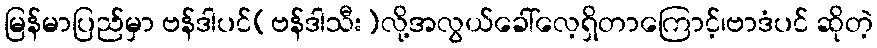
မြန်မာပြည်မှာ ဗန်ဒါပင်(ဗန်ဒါသီး)လို့အလွယ်ခေါ်လေ့ရှိတာကြောင့်၊ဗာဒံပင် ဆိုတဲ့